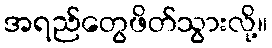
အရည်တွေဖိတ်သွားလို့။